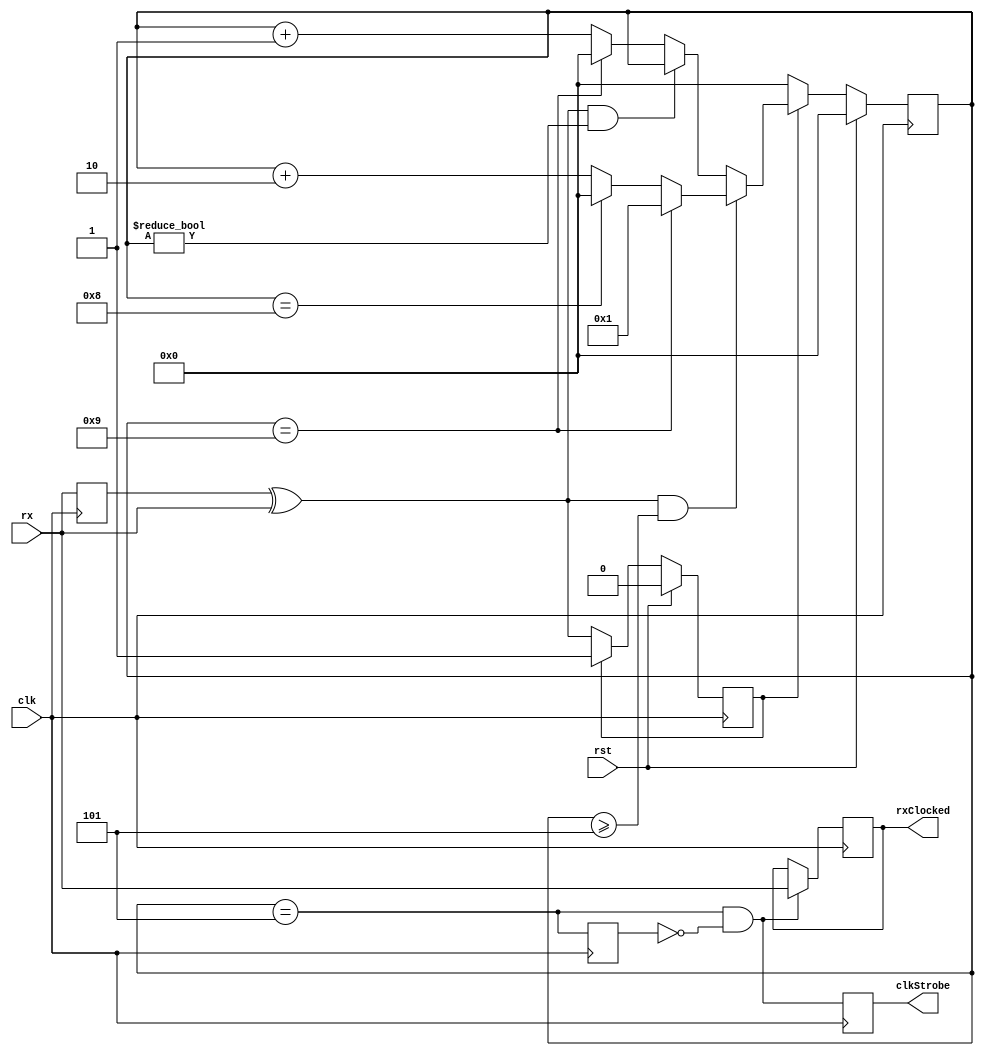
module ClkRecoverSetCounter #(
    parameter TARGET_PERIOD = 10 ///< Expected # clks for recovered clock
)
(
    // Inputs
    input clk,        ///< System clock
    input rst,        ///< Reset, synchronous and active high
    input rx,         ///< Input serial signal
    // Outputs
    output reg clkStrobe, ///< Recovered clock strobe
    output reg rxClocked  ///< Synchronized rx data
);

parameter PHASE_HIGH = $clog2(TARGET_PERIOD-1) - 1;

wire intClk; ///< Internal clock

reg [PHASE_HIGH:0] phaseAccum; ///< Phase accumulator for internal clock
reg intClkD1; ///< intClk delayed 1 clk
reg rxD1;     ///< rx delayed 1 clk
reg started;  ///< Goes high once first edge found

// Debug
wire refClk;
reg isZero;
assign refClk = (phaseAccum == 'd0) && ~isZero;
always @(posedge clk) begin
    isZero <= phaseAccum == 'd0;
end

assign intClk = (phaseAccum == (TARGET_PERIOD>>1));
always @(posedge clk) begin
    rxD1 <= rx;
    intClkD1  <= intClk;
    clkStrobe <= intClk & ~intClkD1;
    rxClocked <= (intClk & ~intClkD1) ? rx : rxClocked;
end

// Phase accumulator and tracking loop
always @(posedge clk) begin
    if (rst) begin
        phaseAccum <= 'd0;
        started    <= 1'b0;
    end
    else begin
        if (started) begin
            // Phase lag - increase phase to catch up
            if ((rxD1 ^ rx) && (phaseAccum >= (TARGET_PERIOD>>1))) begin
                if (phaseAccum == TARGET_PERIOD-1) begin
                    phaseAccum <= 'd1;
                end
                else if (phaseAccum == TARGET_PERIOD-2) begin
                    phaseAccum <= 'd0;
                end
                else begin
                    phaseAccum <= phaseAccum + 2'd2;
                end
            end
            // Phase lead - don't increment phase to slow down
            else if ((rxD1 ^ rx) && (phaseAccum != 'd0)) begin
                phaseAccum <= phaseAccum;
            end
            // In phase but lagging
            else if (phaseAccum == TARGET_PERIOD-1) begin
                phaseAccum <= 'd0;
            end
            else begin
                phaseAccum <= phaseAccum + 2'd1;
            end
        end
        else begin
            started <= rxD1 ^ rx;
            phaseAccum <= 'd0;
        end
    end
end




endmodule